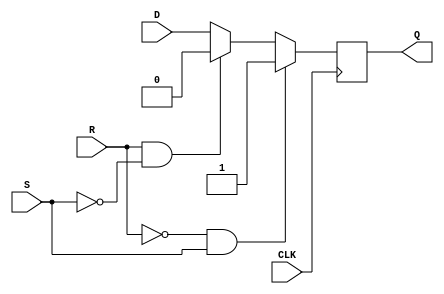
module d_ff_reset_set (
    input wire D, 
    input wire CLK, 
    input wire R, 
    input wire S, 
    output reg Q
);

always @ (posedge CLK) begin
    if (R == 0 && S == 1) begin
        Q <= 1'b1; // Set Q high
    end else if (R == 1 && S == 0) begin
        Q <= 1'b0; // Reset Q low
    end else begin
        Q <= D; // Update Q with D input
    end
end

endmodule